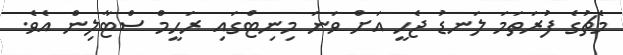
މެޗުގެ ފުރަތަމަ ލަނޑު ޖެހީ އަށް ވަނަ މިނިޓްގައި ރަހީމް ސްޓާލިން އެވެ.